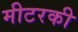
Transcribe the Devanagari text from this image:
मीटरकी